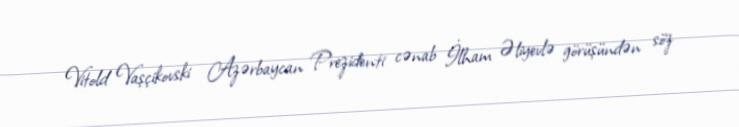
Vitold Vaşçikovski Azərbaycan Prezidenti cənab İlham Əliyevlə görüşündən söz